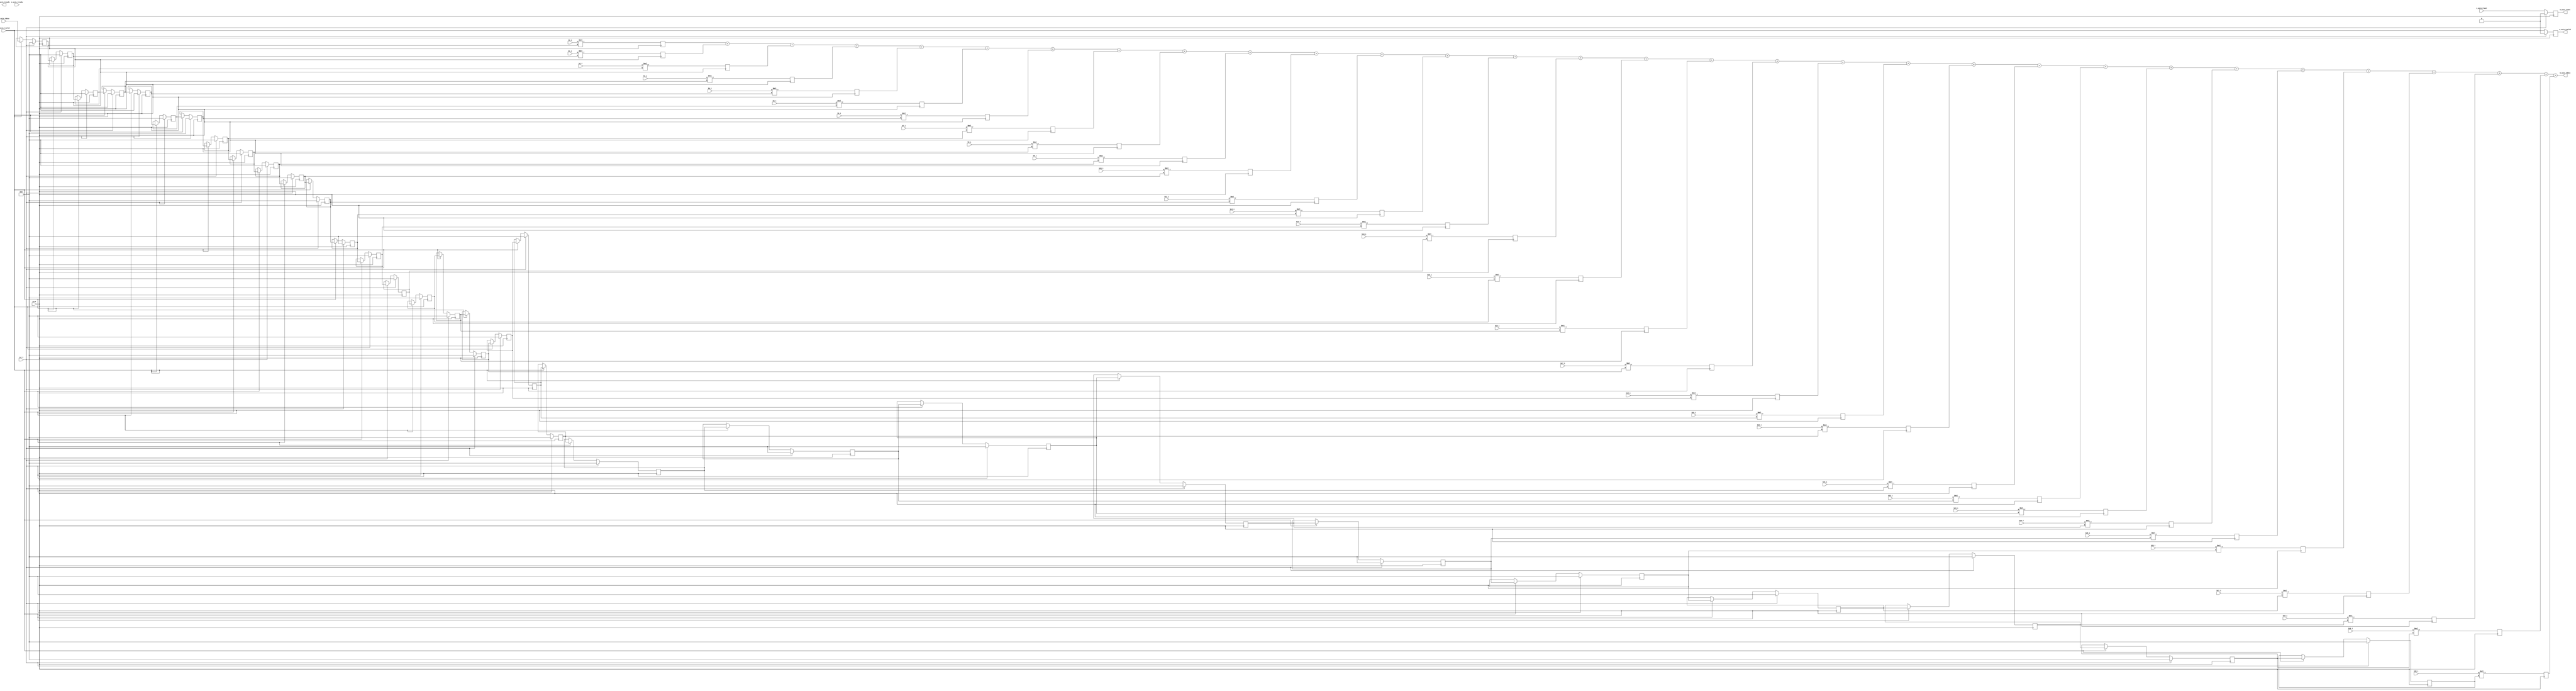
/*
    Order 30 FIR filter
*/

module fir_filter #(
    parameter coeff_width = 16,
    parameter input_width = 16,
    parameter output_width = 16,
    parameter internal_width = 16
) (    
    // AXI Stream
    input                                   aclk,
    input[input_width-1:0]                  s_axis_tdata,
    input                                   s_axis_tlast,
    input                                   s_axis_tvalid,
    output                                  s_axis_tready,
    output[output_width-1:0]                m_axis_tdata,
    output reg                              m_axis_tlast,
    output reg                              m_axis_tvalid,
    input                                   m_axis_tready,
    // AXI Stream
    
    input                                   rst_i,    
    input signed[coeff_width-1:0]           b0_i,
    input signed[coeff_width-1:0]           b1_i,
    input signed[coeff_width-1:0]           b2_i,
    input signed[coeff_width-1:0]           b3_i,
    input signed[coeff_width-1:0]           b4_i,
    input signed[coeff_width-1:0]           b5_i,
    input signed[coeff_width-1:0]           b6_i,
    input signed[coeff_width-1:0]           b7_i,
    input signed[coeff_width-1:0]           b8_i,
    input signed[coeff_width-1:0]           b9_i,
    input signed[coeff_width-1:0]           b10_i,
    input signed[coeff_width-1:0]           b11_i,
    input signed[coeff_width-1:0]           b12_i,
    input signed[coeff_width-1:0]           b13_i,
    input signed[coeff_width-1:0]           b14_i,
    input signed[coeff_width-1:0]           b15_i,
    input signed[coeff_width-1:0]           b16_i,
    input signed[coeff_width-1:0]           b17_i,
    input signed[coeff_width-1:0]           b18_i,
    input signed[coeff_width-1:0]           b19_i,
    input signed[coeff_width-1:0]           b20_i,
    input signed[coeff_width-1:0]           b21_i,
    input signed[coeff_width-1:0]           b22_i,
    input signed[coeff_width-1:0]           b23_i,
    input signed[coeff_width-1:0]           b24_i,
    input signed[coeff_width-1:0]           b25_i,
    input signed[coeff_width-1:0]           b26_i,
    input signed[coeff_width-1:0]           b27_i,
    input signed[coeff_width-1:0]           b28_i,
    input signed[coeff_width-1:0]           b29_i,
    input signed[coeff_width-1:0]           b30_i
);

    reg signed[internal_width-1:0] pipe0, pipe1, pipe2, pipe3, pipe4, pipe5, pipe6, pipe7, pipe8, pipe9, pipe10, 
                                pipe11, pipe12, pipe13, pipe14, pipe15, pipe16, pipe17, pipe18, pipe19, pipe20,
                                pipe21, pipe22, pipe23, pipe24, pipe25, pipe26, pipe27, pipe28, pipe29, pipe30;

    reg signed[internal_width + internal_width:0] acc0, acc1, acc2, acc3, acc4, acc5, acc6, acc7, acc8, acc9, acc10, 
                                                acc11, acc12, acc13, acc14, acc15, acc16, acc17, acc18, acc19, acc20,
                                                acc21, acc22, acc23, acc24, acc25, acc26, acc27, acc28, acc29, acc30;
    
    always @(posedge aclk) begin
        if(rst_i) begin
            m_axis_tvalid <= 0;
            m_axis_tlast <= 0;
        end
        else begin
            m_axis_tvalid <= s_axis_tvalid;
            m_axis_tlast <= s_axis_tlast;
        end
    end

    always @(posedge aclk) begin
        if(rst_i) begin 
            pipe0 <= 0;
            pipe1 <= 0;
            pipe2 <= 0;
            pipe3 <= 0;
            pipe4 <= 0;
            pipe5 <= 0;
            pipe6 <= 0;
            pipe7 <= 0;
            pipe8 <= 0;
            pipe9 <= 0;
            pipe10 <= 0;
            pipe11 <= 0;
            pipe12 <= 0;
            pipe13 <= 0;
            pipe14 <= 0;
            pipe15 <= 0;
            pipe16 <= 0;
            pipe17 <= 0;
            pipe18 <= 0;
            pipe19 <= 0;
            pipe20 <= 0;
            pipe21 <= 0;
            pipe22 <= 0;
            pipe23 <= 0;
            pipe24 <= 0;
            pipe25 <= 0;
            pipe26 <= 0;
            pipe27 <= 0;
            pipe28 <= 0;
            pipe29 <= 0;
            pipe30 <= 0;
        end
        else if(s_axis_tvalid) begin
            pipe0 <= s_axis_tdata;
            pipe1 <= pipe0;
            pipe2 <= pipe1;
            pipe3 <= pipe2;
            pipe4 <= pipe3;
            pipe5 <= pipe4;
            pipe6 <= pipe5;
            pipe7 <= pipe6;
            pipe8 <= pipe7;
            pipe9 <= pipe8;
            pipe10 <= pipe9;
            pipe11 <= pipe10;
            pipe12 <= pipe11;
            pipe13 <= pipe12;
            pipe14 <= pipe13;
            pipe15 <= pipe14;
            pipe16 <= pipe15;
            pipe17 <= pipe16;
            pipe18 <= pipe17;
            pipe19 <= pipe18;
            pipe20 <= pipe19;
            pipe21 <= pipe20;
            pipe22 <= pipe21;
            pipe23 <= pipe22;
            pipe24 <= pipe23;
            pipe25 <= pipe24;
            pipe26 <= pipe25;
            pipe27 <= pipe26;
            pipe28 <= pipe27;
            pipe29 <= pipe28;
            pipe30 <= pipe29;
        end
    end

    always @(posedge aclk) begin
        acc0 <= b0_i * pipe0;
        acc1 <= b1_i * pipe1;
        acc2 <= b2_i * pipe2;
        acc3 <= b3_i * pipe3;
        acc4 <= b4_i * pipe4;
        acc5 <= b5_i * pipe5;
        acc6 <= b6_i * pipe6;
        acc7 <= b7_i * pipe7;
        acc8 <= b8_i * pipe8;
        acc9 <= b9_i * pipe9;
        acc10 <= b10_i * pipe10;
        acc11 <= b11_i * pipe11;
        acc12 <= b12_i * pipe12;
        acc13 <= b13_i * pipe13;
        acc14 <= b14_i * pipe14;
        acc15 <= b15_i * pipe15;
        acc16 <= b16_i * pipe16;
        acc17 <= b17_i * pipe17;
        acc18 <= b18_i * pipe18;
        acc19 <= b19_i * pipe19;
        acc20 <= b20_i * pipe20;
        acc21 <= b21_i * pipe21;
        acc22 <= b22_i * pipe22;
        acc23 <= b23_i * pipe23;
        acc24 <= b24_i * pipe24;
        acc25 <= b25_i * pipe25;
        acc26 <= b26_i * pipe26;
        acc27 <= b27_i * pipe27;
        acc28 <= b28_i * pipe28;
        acc29 <= b29_i * pipe29;
        acc30 <= b30_i * pipe30;
    end

    assign m_axis_tdata = acc0 + acc1 + acc2 + acc3 + acc4 + acc5 + acc6 + acc7 + acc8 + acc9 + acc10 
                        + acc11 + acc12 + acc13 + acc14 + acc15 + acc16 + acc17 + acc18 + acc19 + acc20
                        + acc21 + acc22 + acc23 + acc24 + acc25 + acc26 + acc27 + acc28 + acc29 + acc30; 

endmodule